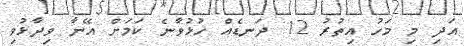
އަދި މި މަހު އިތުރު 12 ދަނޑެއް ހުޅުވާނެ ކަމަށް އޭނާ ވިދާޅުވި